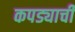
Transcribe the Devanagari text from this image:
कपड्याची